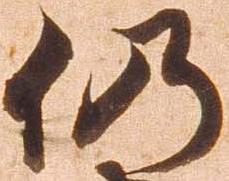
仍